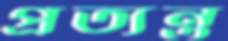
প্রত্যন্ত